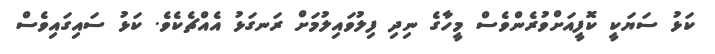
ކަޅު ސަޔަކީ ކޮފީއަށްވުރެންވެސް މީހާގެ ނިދި ފިލުވައިލުމަށް ރަނގަޅު އެއްޗެކެވެ. ކަޅު ސައިގައިވެސް